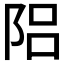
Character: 𨹬